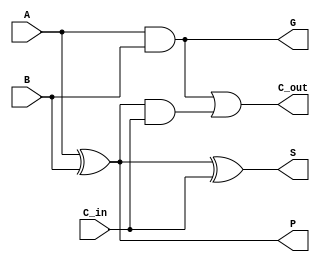
module CLA_Cell (
    input wire A,
    input wire B,
    input wire C_in,
    output wire S,
    output wire G,
    output wire P,
    output wire C_out
);
    assign G = A & B;            // Generate
    assign P = A ^ B;            // Propagate
    assign C_out = G | (P & C_in); // Carry out
    assign S = P ^ C_in;         // Sum
endmodule